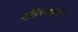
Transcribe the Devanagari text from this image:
पहिचानना